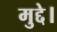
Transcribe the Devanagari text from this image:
मुद्दे।